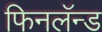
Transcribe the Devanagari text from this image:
फिनलॅन्ड